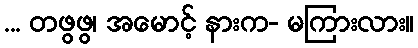
... တဖွဖွ၊ အမောင့် နားက- မကြားလား။